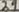
Text: 29